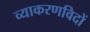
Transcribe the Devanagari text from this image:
व्याकरणविदों